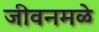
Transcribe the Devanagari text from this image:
जीवनमळे